Civil Veterinary Dept. Bombay admin report 1923-31 - 1923-1931
Year: 1923
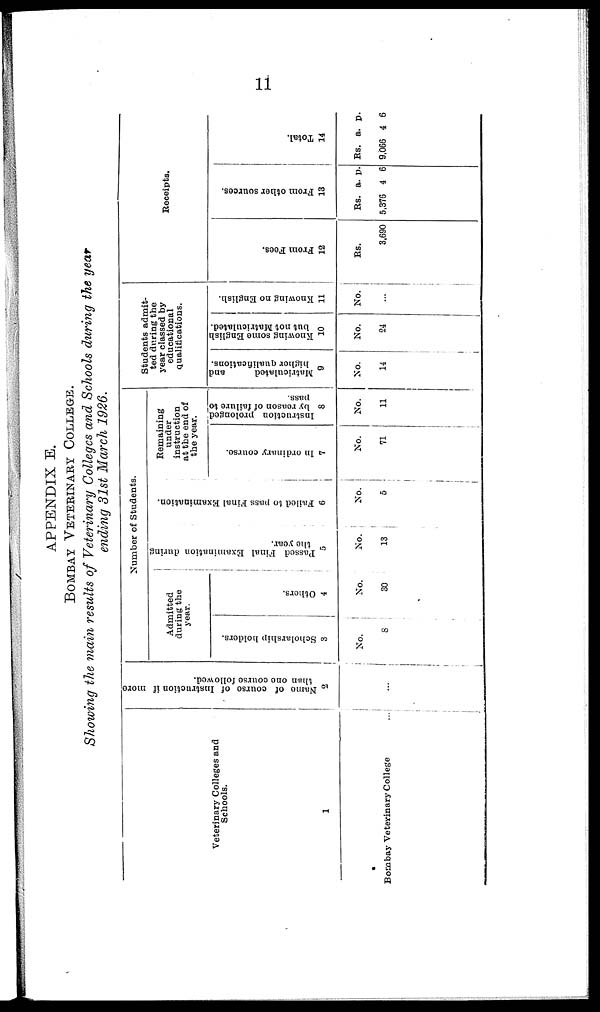
11
APPENDIX E.
BOMBAY VETERINARY COLLEGE.
Showing the main results of Veterinary Colleges and Schools during the year
ending 31st March 1926.
Veterinary Colleges and
Schools.
1
Bombay Veterinary College
...
Name of course of Instruction if more
than one course followed.
2
...
Number of Students.
Admitted
during the
year.
Scholarship holders.
3
No.
8
Others.
4
No.
30
Passed Final Examination during
the year.
5
No.
13
Failed to pass Final Examination.
6
No.
5
Remaining
under
instruction
at the end of
the year.
In ordinary course.
7
No.
71
Instruction prolonged
by reason of failure to
pass.
8
No.
11
Students admit-
ted during the
year classed by
educational
qualifications.
Matriculated
and
higher qualifications.
9
No.
14
Knowing some English
but not Matriculated.
10
No.
24
Knowing no English.
11
No.
...
Receipts.
From Fees.
12
Rs.
3,690
Fr om ot her s our ces .
13
Rs.
5,376
a.
4
p.
6
Total.
14
Rs.
9,066
a.
4
p.
6